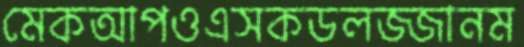
মেকআপওএসকডলজ্জানম